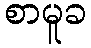
စာမူခ